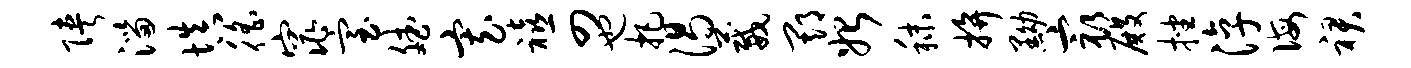
陕淄填徭窕室斌寡禧四也把渴葳期始秣拚黝最殿挫淳诲裙